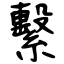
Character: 繫